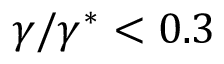
\gamma / \gamma ^ { * } < 0 . 3